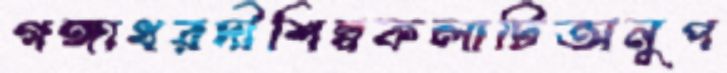
গঙ্গাধরদীশিল্পকলাটিঅনুপ